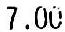
7.00